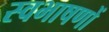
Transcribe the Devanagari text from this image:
स्वभाषणों